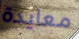
معايدة